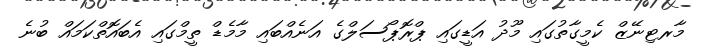
މާރޓިނޭޒް ކެމީގާތުގައި މޫދު އަޑީގައި ޕްރޮޕޯސަލްގެ އަނެއްބައި މާމެޑް ތީމްގައި އެބައޮތްކަމައް ބުނެ